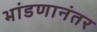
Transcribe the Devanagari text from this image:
भांडणानंतर